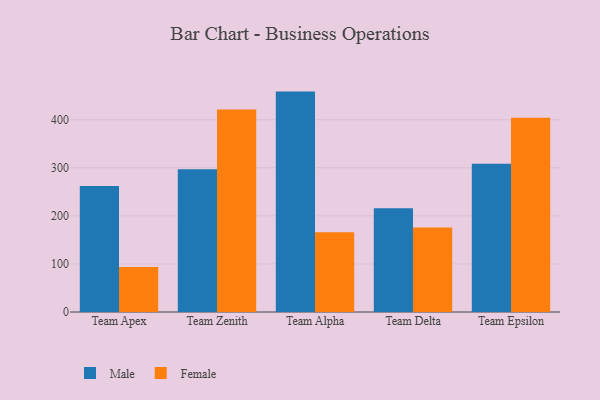
{"axis": {"x": "Team", "y": "Shipments"}, "legend": ["Female", "Male"], "data": [{"x": "Team Apex", "y": 262.1, "type": "Male"}, {"x": "Team Apex", "y": 93.5, "type": "Female"}, {"x": "Team Zenith", "y": 296.9, "type": "Male"}, {"x": "Team Zenith", "y": 421.1, "type": "Female"}, {"x": "Team Alpha", "y": 458.5, "type": "Male"}, {"x": "Team Alpha", "y": 165.8, "type": "Female"}, {"x": "Team Delta", "y": 215.9, "type": "Male"}, {"x": "Team Delta", "y": 175.7, "type": "Female"}, {"x": "Team Epsilon", "y": 308.2, "type": "Male"}, {"x": "Team Epsilon", "y": 404.3, "type": "Female"}]}